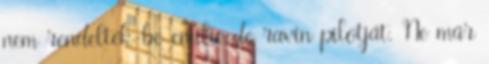
nem rendelték be emilie de ravin pilotját. Ne már